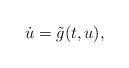
LaTeX: \begin{align*}\dot u=\tilde g(t,u),\end{align*}